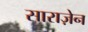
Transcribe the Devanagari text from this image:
साराज़ेन